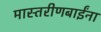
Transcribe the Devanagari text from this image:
मास्तरीणबाईंना